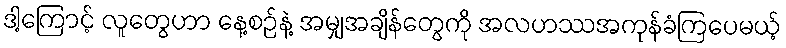
ဒါ့ကြောင့် လူတွေဟာ နေ့စဉ်နဲ့ အမျှအချိန်တွေကို အလဟဿအကုန်ခံကြပေမယ့်